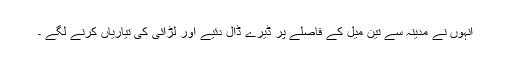
انہوں نے مدینہ سے تین میل کے فاصلے پر ڈیرے ڈال دئیے اور لڑائی کی تیاریاں کرنے لگے ۔